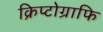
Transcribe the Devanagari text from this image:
क्रिप्टोग्राफि